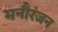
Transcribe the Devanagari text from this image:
मनौरंजन